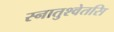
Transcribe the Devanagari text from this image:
स्नातुश्वेतसि